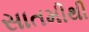
સાતમીથી